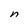
Character: n